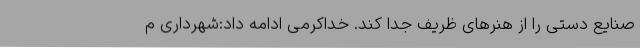
صنایع دستی را از هنرهای ظریف جدا کند. خداکرمی ادامه داد:شهرداری م